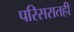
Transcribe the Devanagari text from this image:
परिसरातही